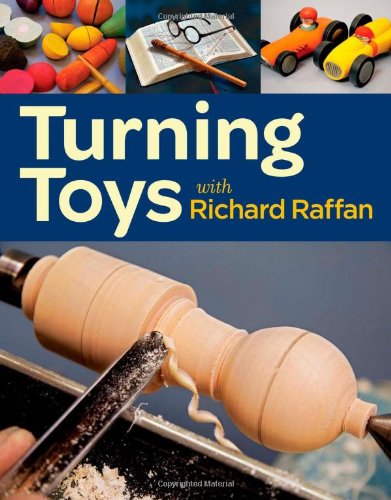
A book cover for Turning Toys with Richard Raffan; Richard Raffan; Crafts, Hobbies & Home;